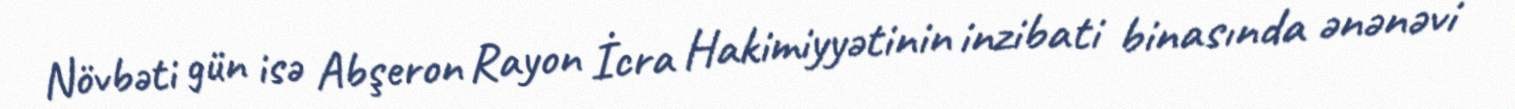
Növbəti gün isə Abşeron Rayon İcra Hakimiyyətinin inzibati binasında ənənəvi